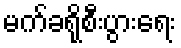
မက်ခရိုစီးပွားရေး